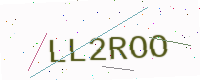
Text: LL2ROO